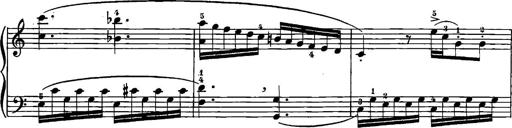
Title: 12 Sonatinas
Composer: Ignaz Pleyel